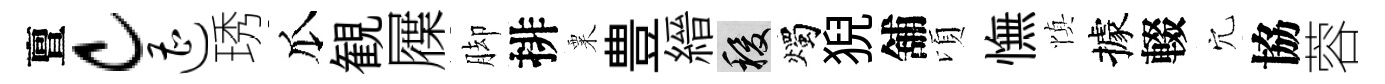
亶c遭琇瓜観屧脚排粟豊縉稷燭猊舖頃憮慎據輟穴協蓉